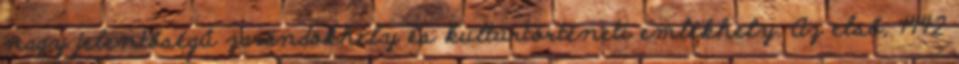
nagy jelentőségű zarándokhely és kultúrtörténeti emlékhely. Az első, 1442